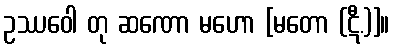
ဥဿဝေါ တု ဆဏော မဟော [မတော (ဋီ.)]။